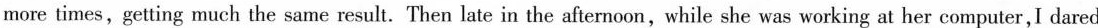
more times,getting much the same result. Then late in the afternoon,while she was working at her computer,I dared